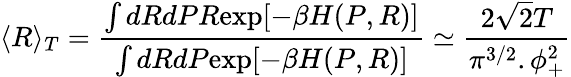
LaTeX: \langle R\rangle_{T}=\frac{\int dRdPR\mathrm{exp}[-\beta H(P,R)]}{\int dRdP\mathrm{exp}[-\beta H(P,R)]}\simeq\frac{2{\sqrt{2}}T}{\pi^{3/2}.\phi_{+}^{2}}